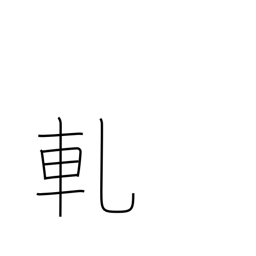
Meaning: creak